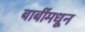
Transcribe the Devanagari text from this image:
बाबींमधून